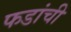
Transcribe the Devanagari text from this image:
फडांची